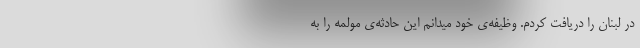
در لبنان را دریافت کردم. وظیفه‌ی خود میدانم این حادثه‌ی مولمه را به